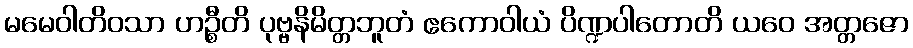
မမေဝါတိဝသာ ဟဉ္စီတိ ပုဗ္ဗနိမိတ္တဘူတံ ဧကောဝါယံ ပိဏ္ဍပါတောတိ ယဝေ အတ္တဇော